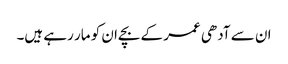
ان سے آدھی عمر کے بچےان کو مار رہے ہیں۔